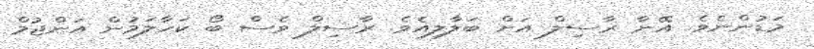
މަޑުންނެވެ. އޭނާ ރާސިލް އަށް ބަލާލިއެވެ. ރާސިލް ވެސް ބޯ ކަހާލަމުން އަންޖުމް